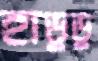
হাডুডু